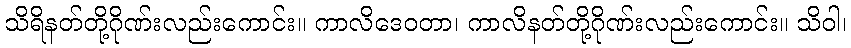
သိရိနတ်တို့ဂိုဏ်းလည်းကောင်း။ ကာလိဒေဝတာ၊ ကာလိနတ်တို့ဂိုဏ်းလည်းကောင်း။ သိဝါ၊